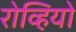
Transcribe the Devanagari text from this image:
रोव्हियो